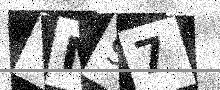
Text: VM97